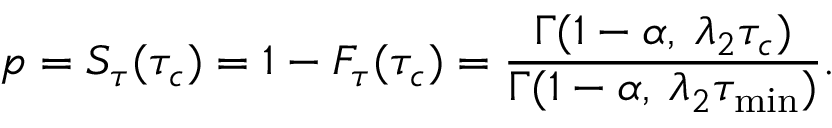
p = S _ { \tau } ( \tau _ { c } ) = 1 - F _ { \tau } ( \tau _ { c } ) = \frac { \Gamma ( 1 - \alpha , \: \lambda _ { 2 } \tau _ { c } ) } { \Gamma ( 1 - \alpha , \: \lambda _ { 2 } \tau _ { \mathrm { m i n } } ) } .